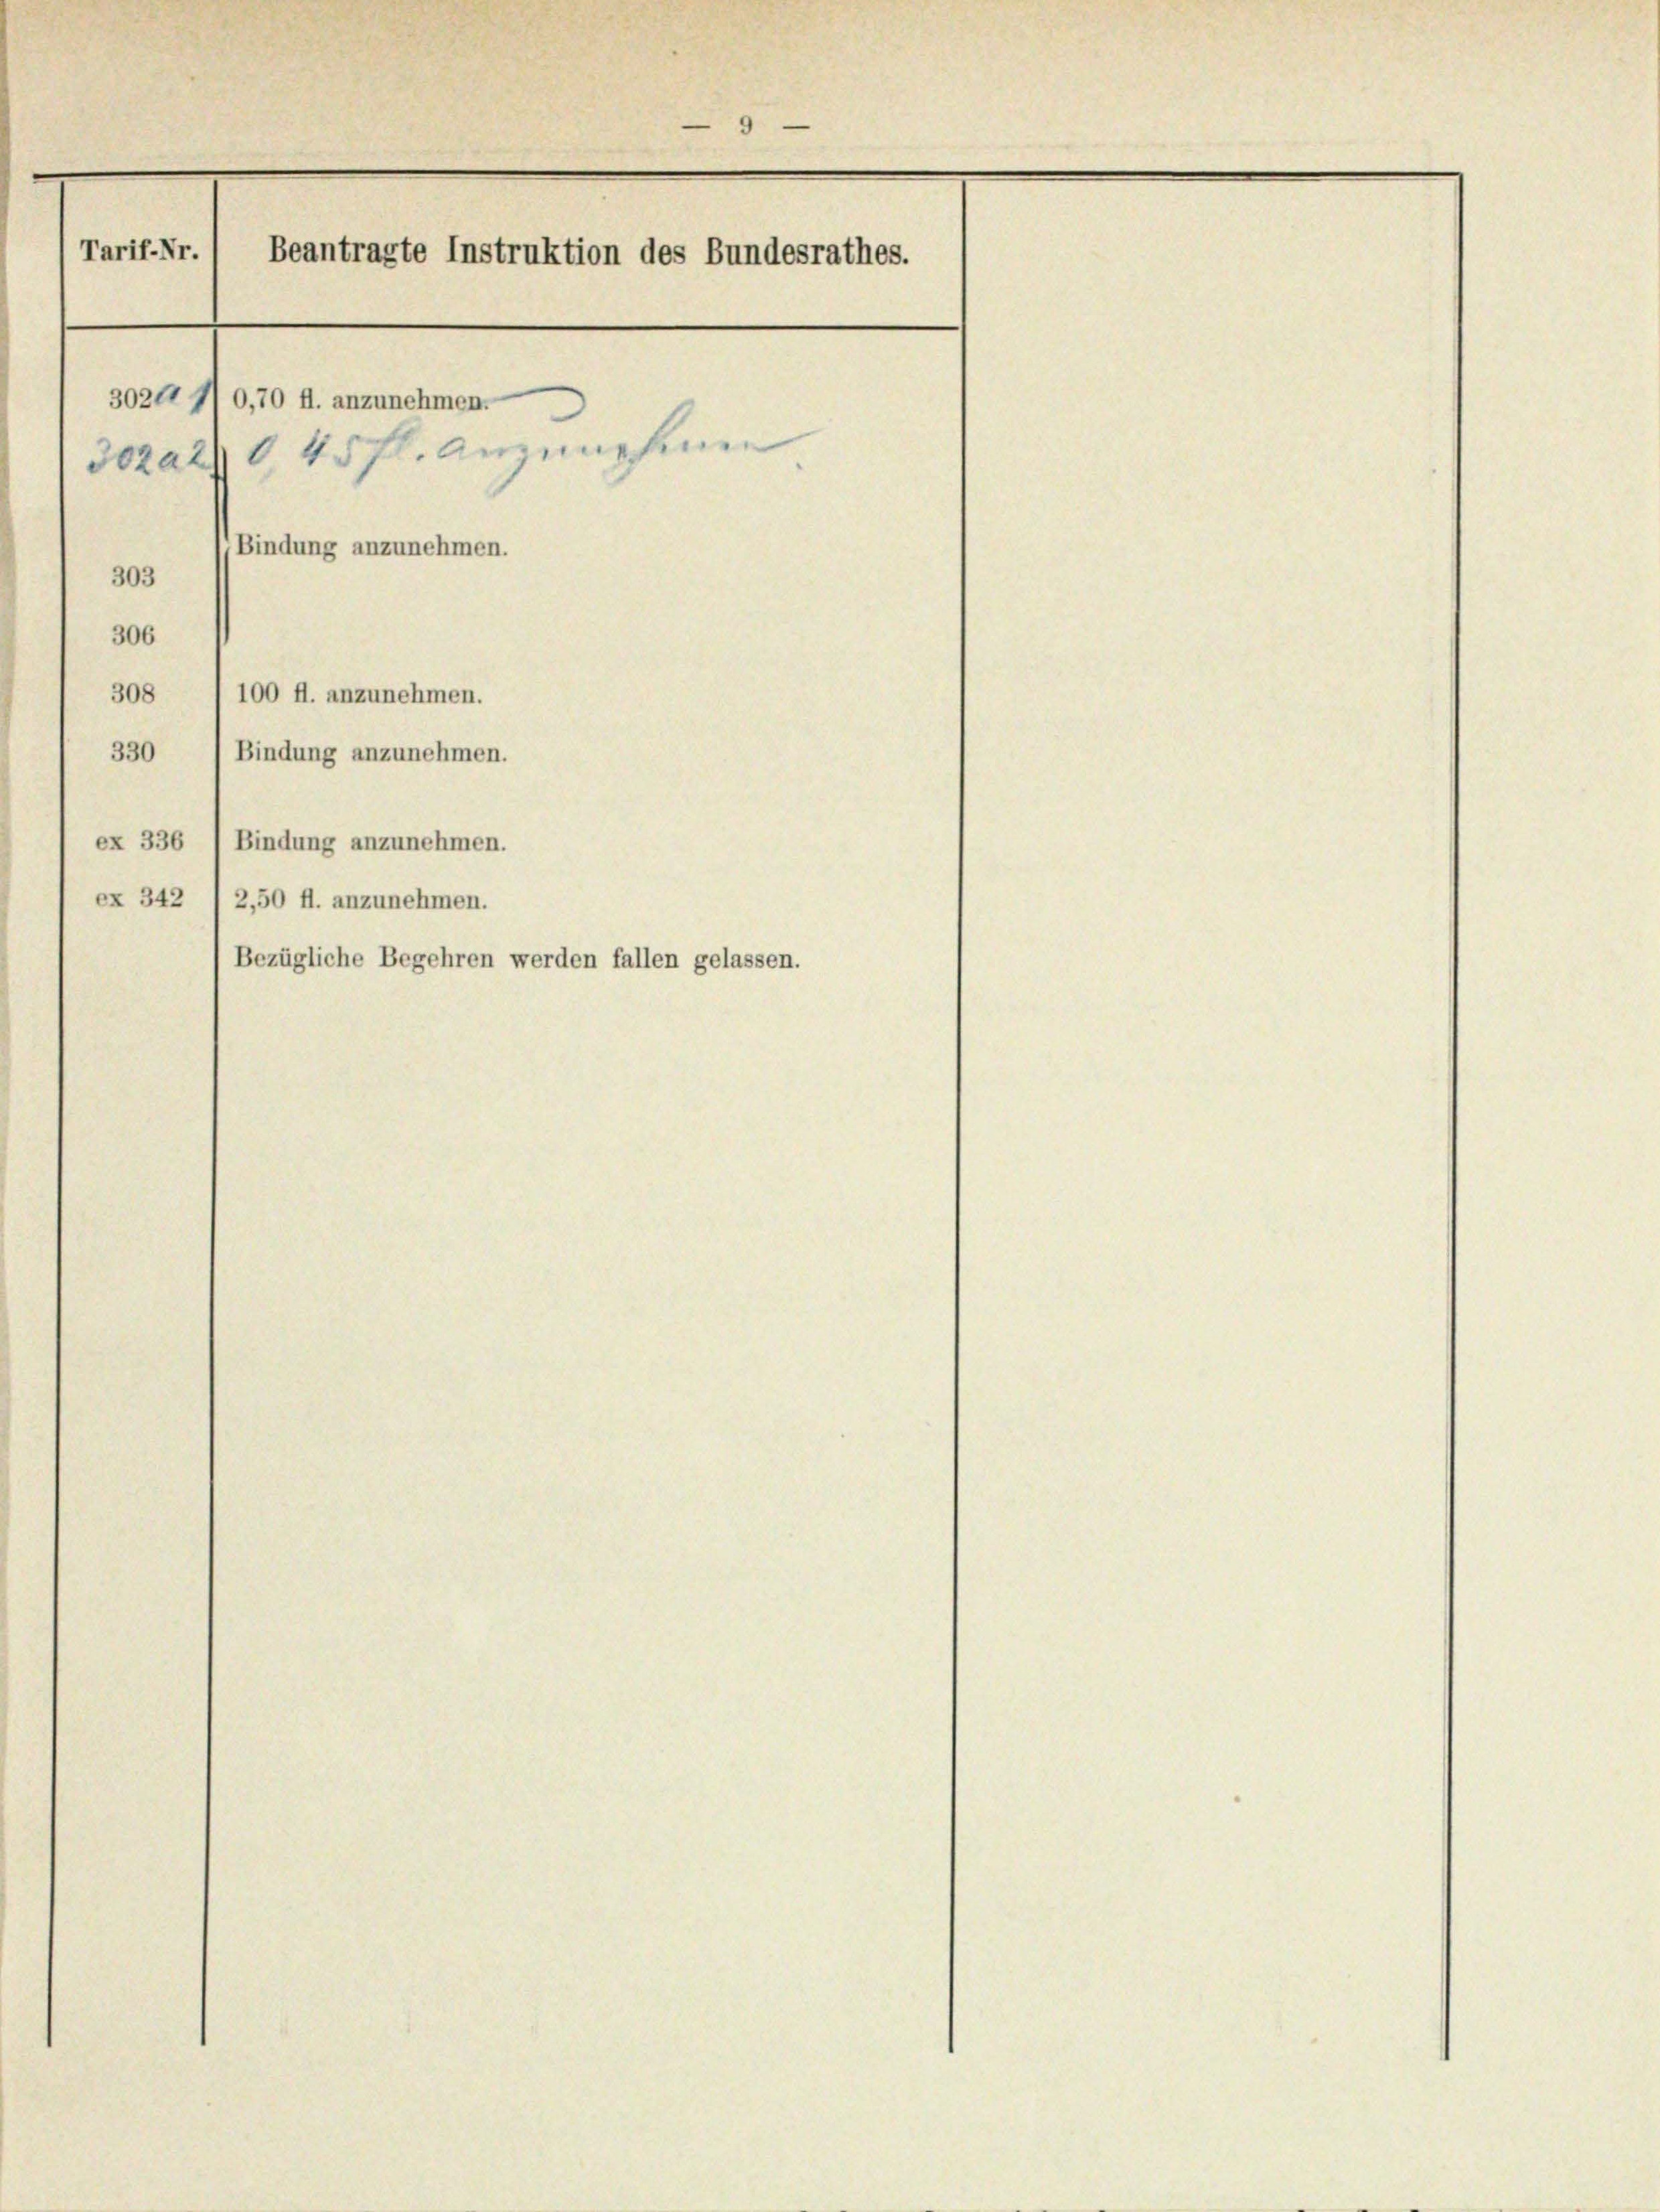
9
Tarif-Nr.
Beantragte Instruktion des Bundesrathes.
3024 f 0,70 fl. anzunehmen.
3ozaz 8 45 fl. anzunehmen
Bindung anzunehmen.

303
306
308
330
Bindung anzunehmen.
ex 336
Bindung anzunehmen.
ex 342 f 2,50 fl. anzunehmen.
Bezügliche Begehren werden fallen gelassen.

100 fl. anzunehmen.